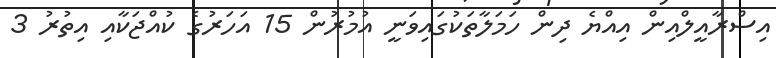
އިސްރާއީލްއިން އިއްޔެ ދިން ހަމަލާތަކުގައިވަނީ އުމުރުން 15 އަހަރުގެ ކުއްޖަކާއި އިތުރު 3